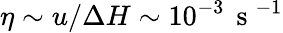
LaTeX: \eta\sim u/\Delta H\sim 10^{-3}\, \mathrm{~s~}^{-1}